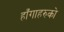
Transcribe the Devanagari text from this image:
हाँगाहरुको